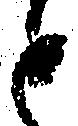
と